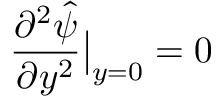
\frac { \partial ^ { 2 } \hat { \psi } } { \partial y ^ { 2 } } \bigr | _ { y = 0 } = 0